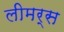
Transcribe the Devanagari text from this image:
लीमर्स